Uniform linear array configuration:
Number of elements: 12
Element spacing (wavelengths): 0.5
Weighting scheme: hamming
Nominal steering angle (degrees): -45
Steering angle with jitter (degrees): -43.66
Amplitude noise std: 0.05
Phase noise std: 0.05

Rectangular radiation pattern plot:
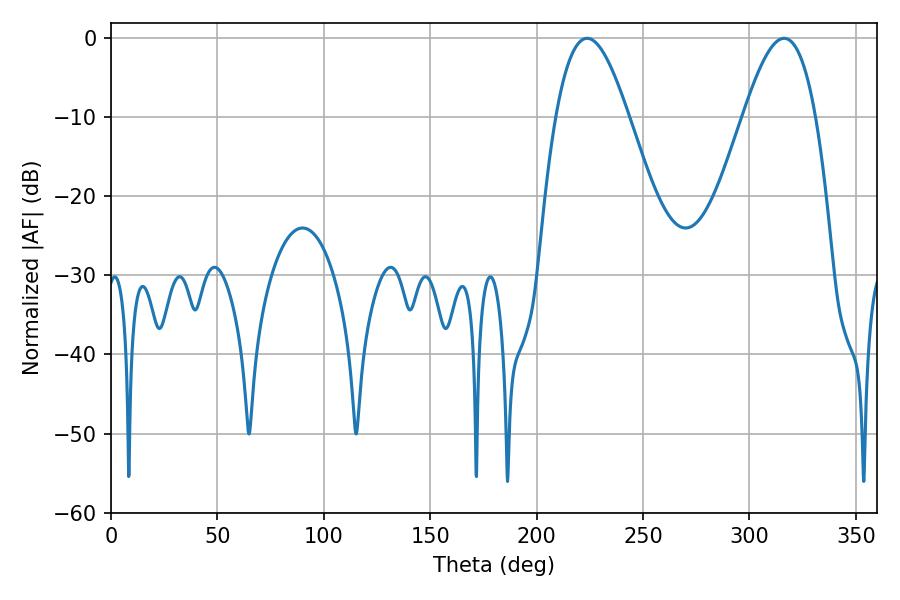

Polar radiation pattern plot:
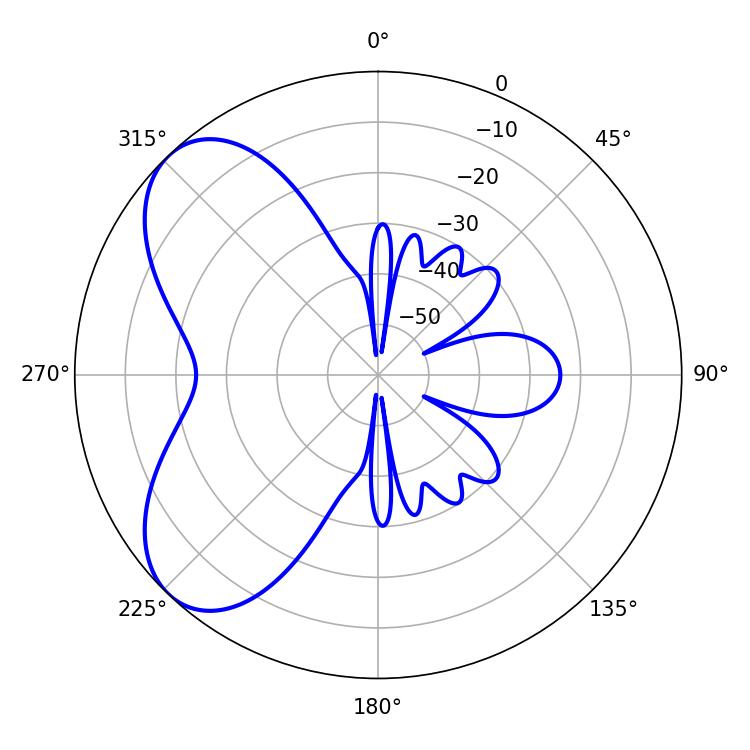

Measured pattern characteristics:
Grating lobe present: FALSE
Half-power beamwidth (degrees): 18.36
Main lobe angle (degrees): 223.74